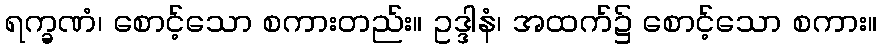
ရက္ခဏံ၊ စောင့်သော စကားတည်း။ ဥဒ္ဒါနံ၊ အထက်၌ စောင့်သော စကား။